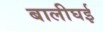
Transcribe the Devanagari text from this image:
बालीघई